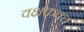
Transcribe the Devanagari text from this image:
वक्षकवच